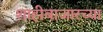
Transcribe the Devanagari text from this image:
शाहीबाजारच्या